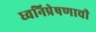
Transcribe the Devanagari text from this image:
ध्वनिप्रेषणाची